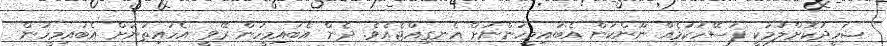
ޝަހީދުކޮށްލުމަކީ ފަސޭހަކަމެއް ނޫންކަން އެބައިމީހުންނަށް އެނގިއްޖެއެވެ. ދެން އެބައިމީހުން ރޭވީ އެހައިތަނަށް އެބައިމީހުން